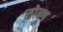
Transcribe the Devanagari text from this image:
सोन्ग